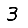
Digit: 3